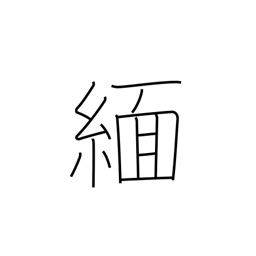
Meaning: Burma